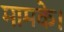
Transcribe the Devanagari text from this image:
मामके।